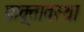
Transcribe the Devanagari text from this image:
प्राक्र्तावस्था